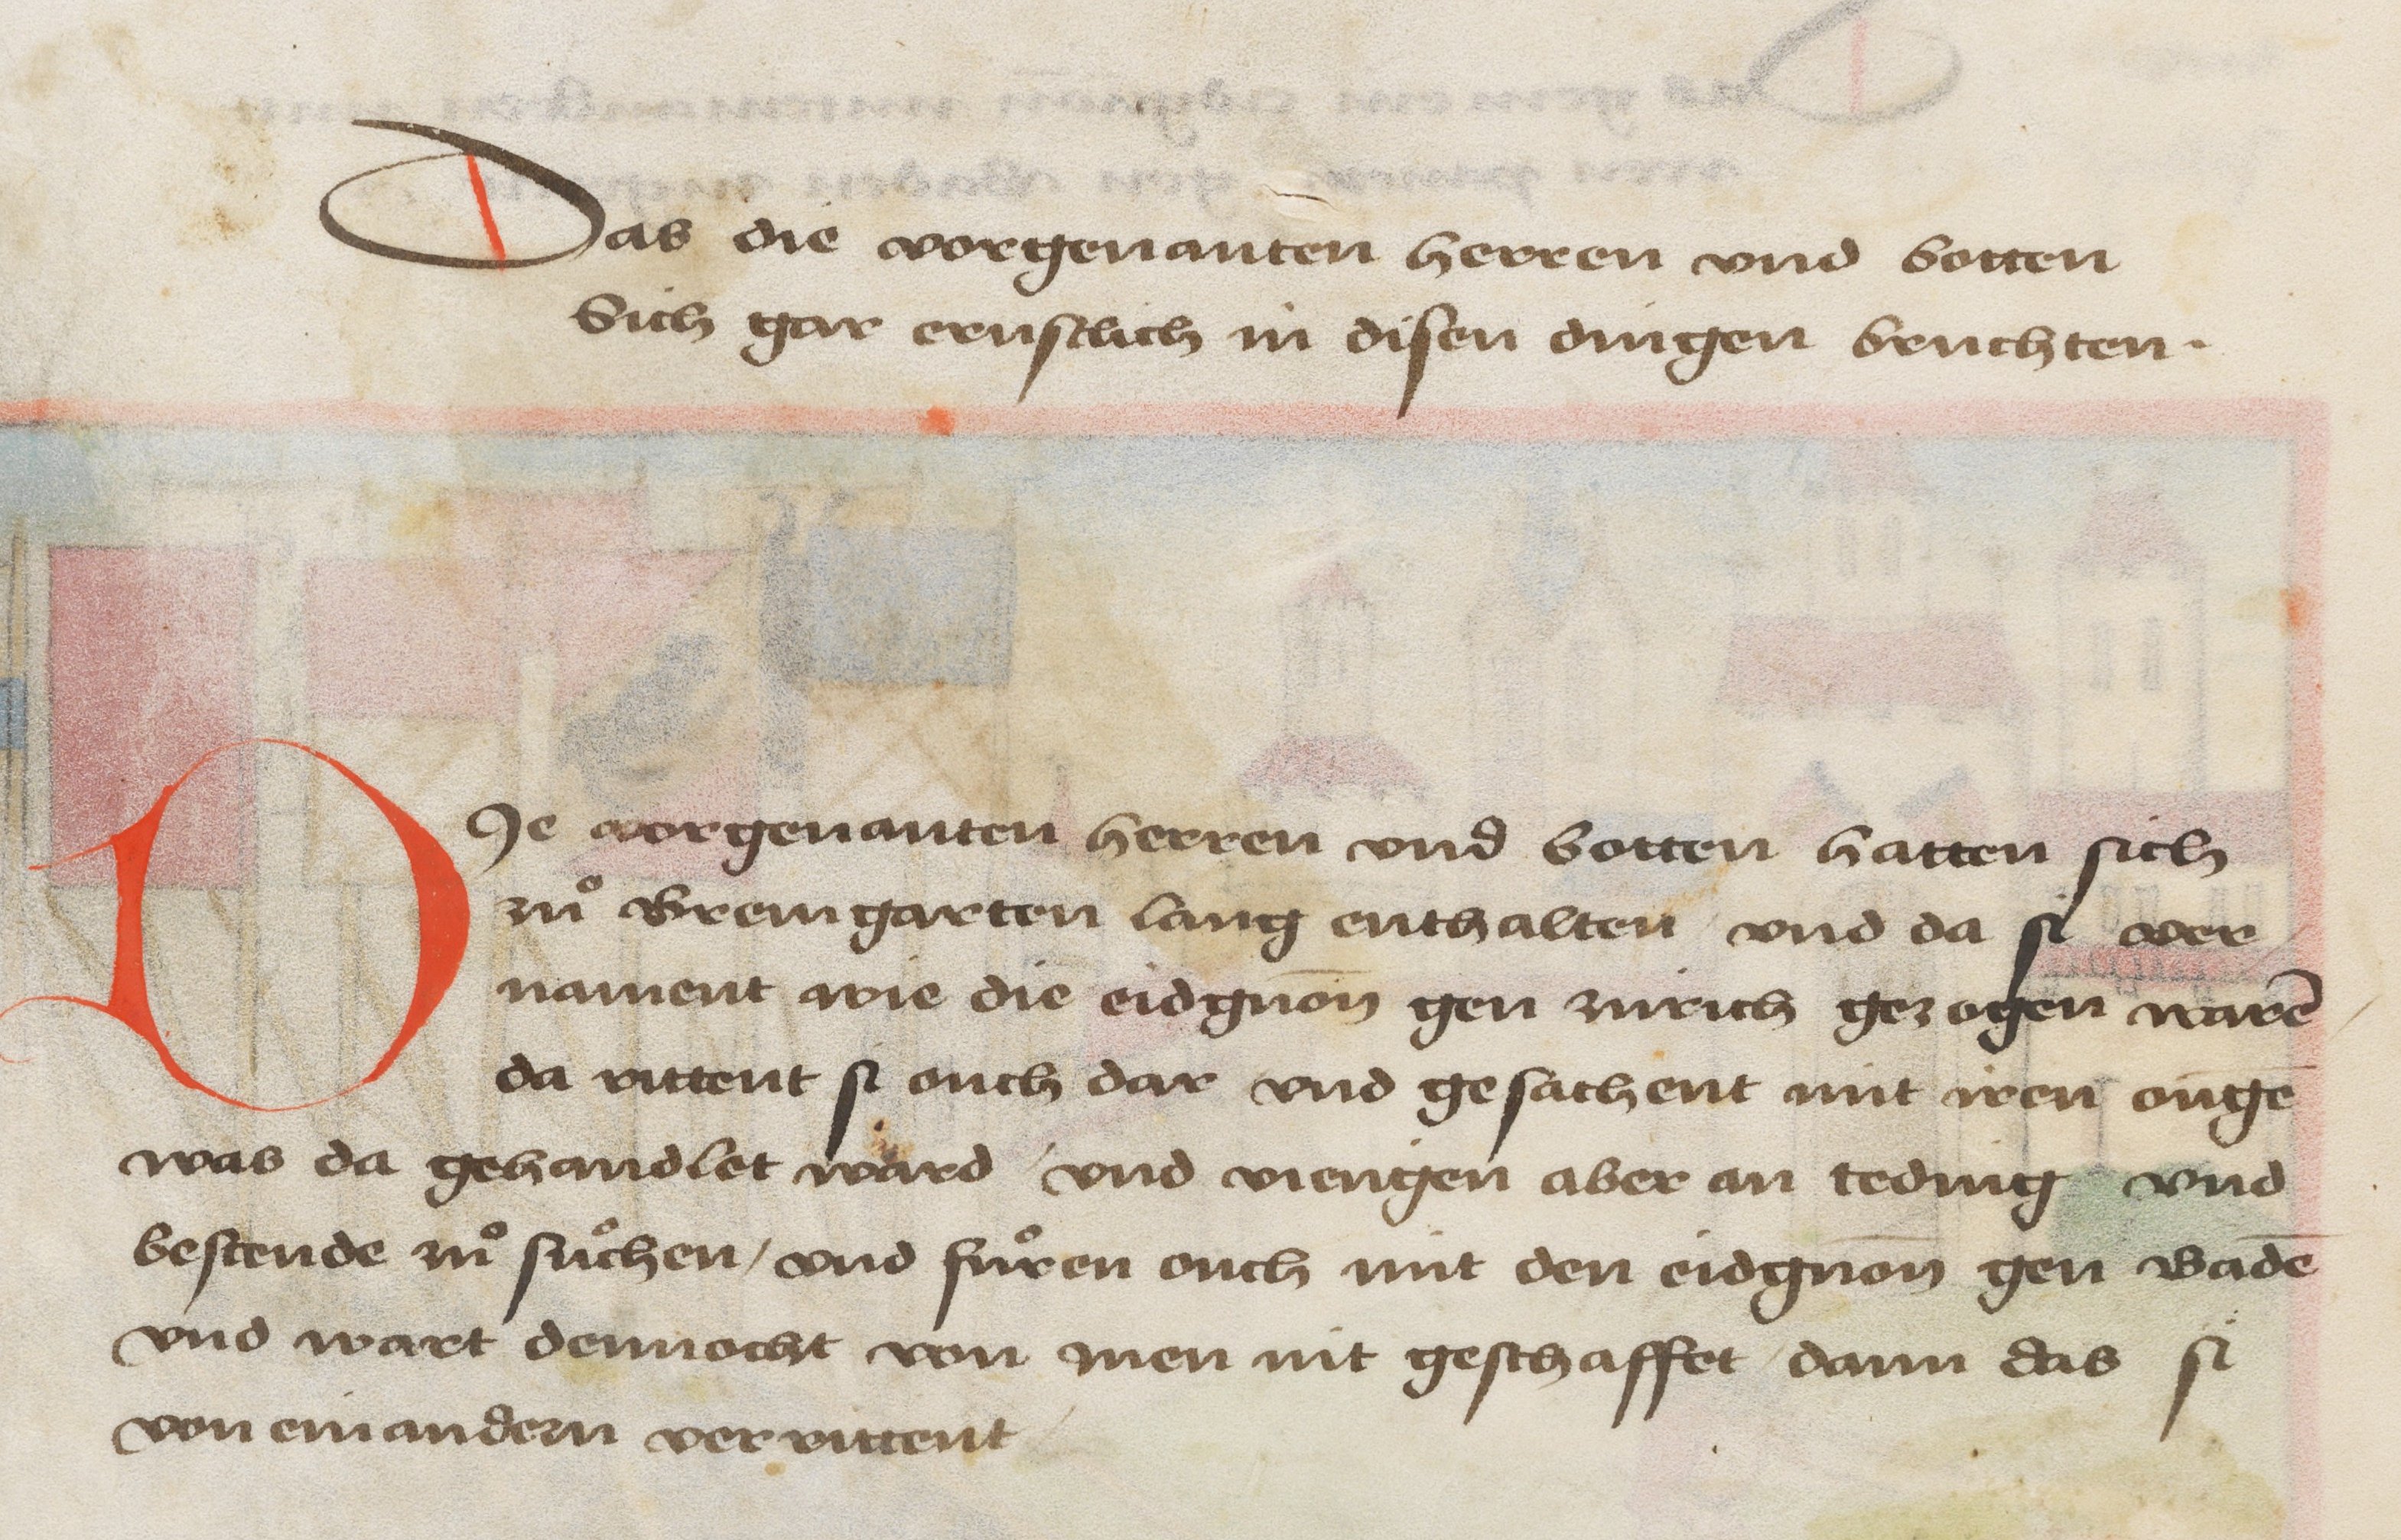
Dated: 1478–1483